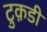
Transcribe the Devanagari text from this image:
टुक़डी